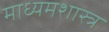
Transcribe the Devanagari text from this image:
माध्यमशास्त्र